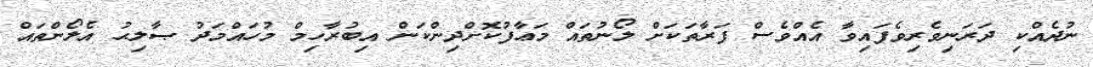
ނުދެއްކި ދަރަނިވެރިވެފައިވާ އެއްވެސް ފަރާތަކަށް ލޯނުތައް މަޢާފުކޮށްދިންކަން އިބުރާހިމް މުހައްމަދު ޞާލިޙު އެލޯންތައް